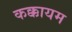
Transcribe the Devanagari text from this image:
कक्कायम